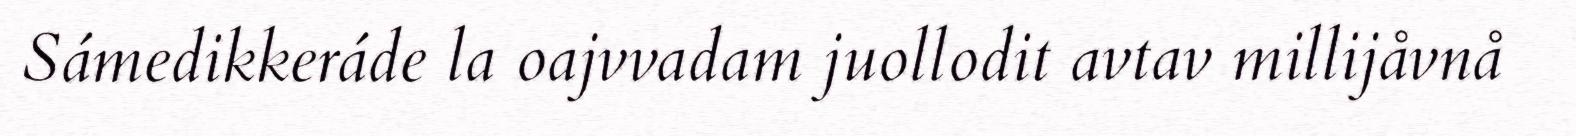
Sámedikkeráde la oajvvadam juollodit avtav millijåvnå